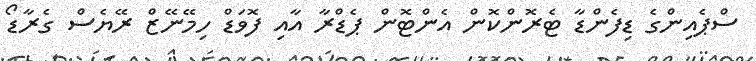
ސްޕެއިންގެ ޑިފެންޑާ ޓެރޮންކޮން އެންޓޮން ޕެޑްރާ އާއި ފޮވަޑް ހިމޭނޭޒް ރޭޔެސް ގެރާޑޯ